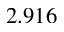
2 . 9 1 6